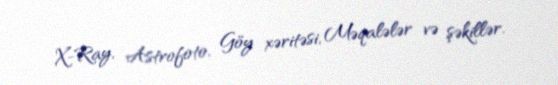
X-Ray, Astrofoto, Göy xəritəsi, Məqalələr və şəkillər.